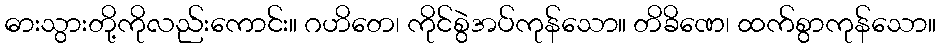
ဓားသွားတို့ကိုလည်းကောင်း။ ဂဟိတေ၊ ကိုင်စွဲအပ်ကုန်သော။ တိခိဏေ၊ ထက်စွာကုန်သော။